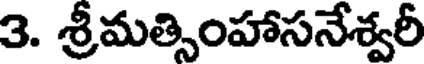
3. శ్రీమత్సింహాసనేశ్వరీ